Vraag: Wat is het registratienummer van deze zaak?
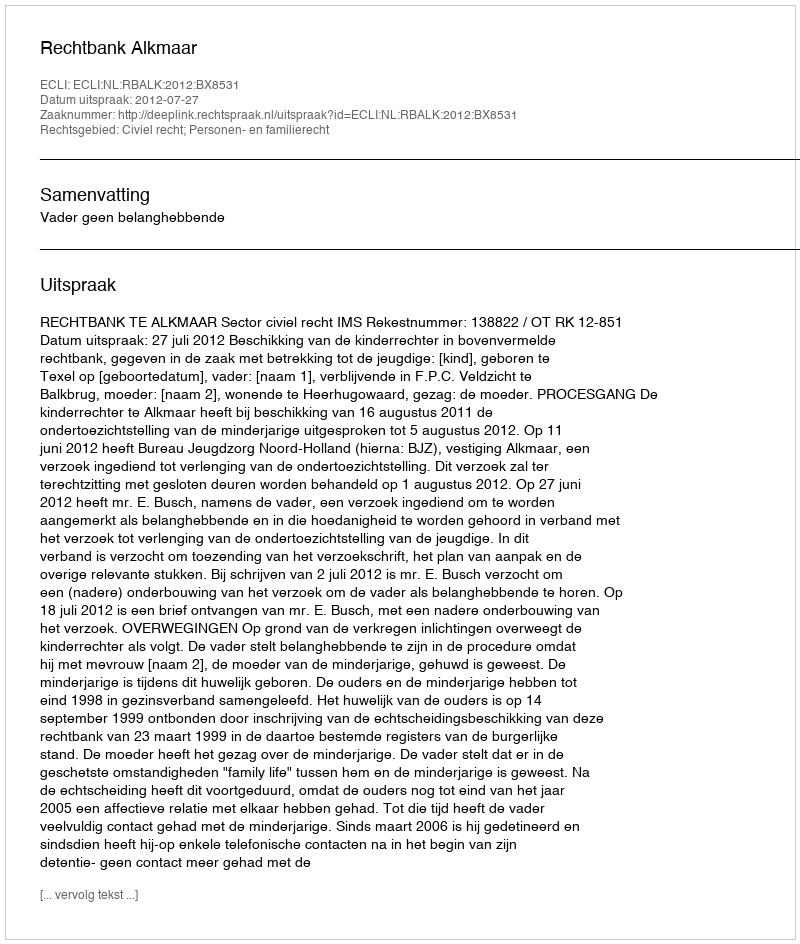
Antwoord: http://deeplink.rechtspraak.nl/uitspraak?id=ECLI:NL:RBALK:2012:BX8531